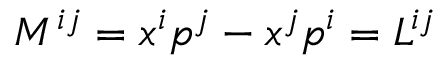
M ^ { i j } = x ^ { i } p ^ { j } - x ^ { j } p ^ { i } = L ^ { i j }